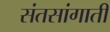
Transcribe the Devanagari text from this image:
संतसांगाती